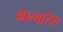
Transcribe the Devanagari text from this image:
आल्वारेस